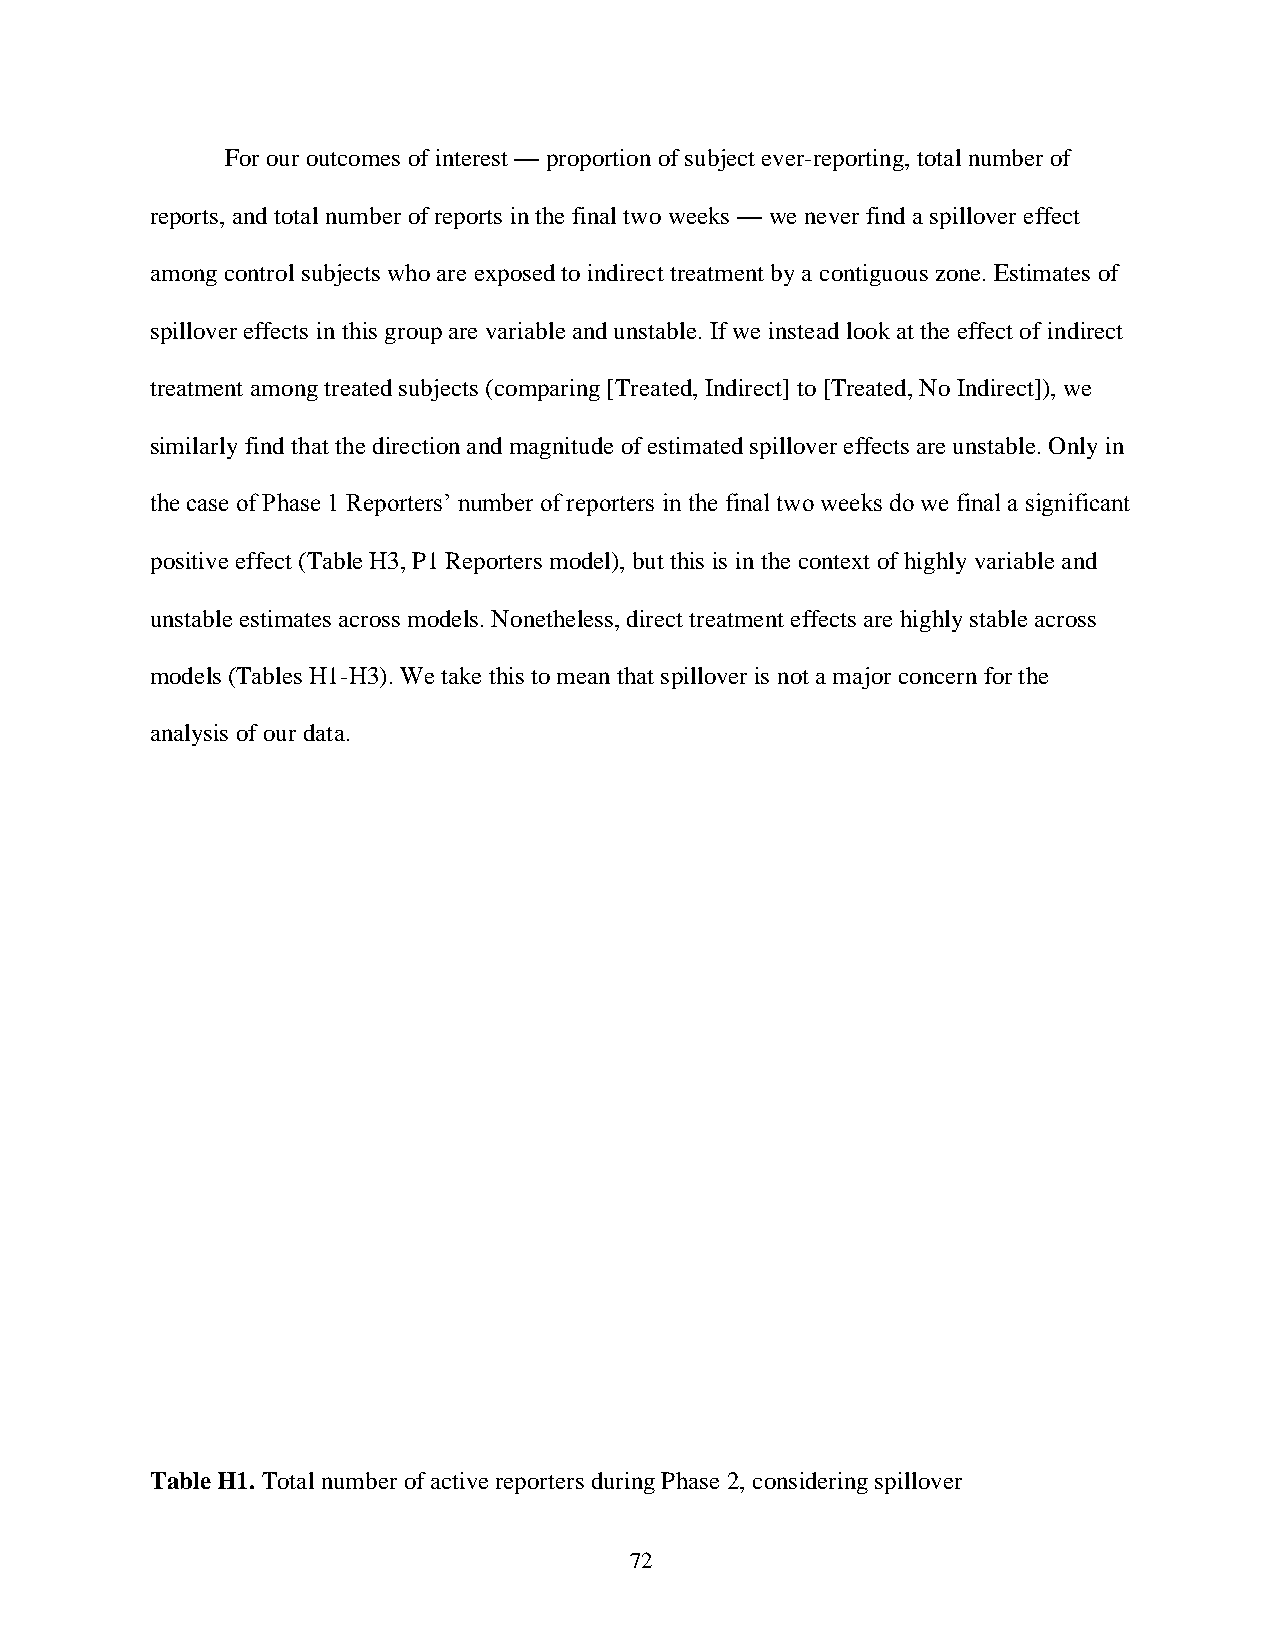
For our outcomes of interest — proportion of subject ever-reporting, total number of
 reports, and total number of reports in the final two weeks — we never find a spillover effect
 among control subjects who are exposed to indirect treatment by a contiguous zone. Estimates of
 spillover effects in this group are variable and unstable. If we instead look at the effect of indirect
 treatment among treated subjects (comparing [Treated, Indirect] to [Treated, No Indirect]), we
 similarly find that the direction and magnitude of estimated spillover effects are unstable. Only in
 the case of Phase 1 Reporters’ number of reporters in the final two weeks do we final a significant
 positive effect (Table H3, P1 Reporters model), but this is in the context of highly variable and
 unstable estimates across models. Nonetheless, direct treatment effects are highly stable across
 models (Tables H1-H3). We take this to mean that spillover is not a major concern for the
 analysis of our data.
 Table H1. Total number of active reporters during Phase 2, considering spillover
 72